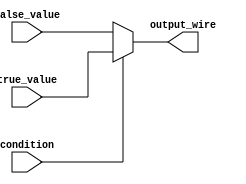
module ConditionalAssign (
    input wire condition,  // Condition Signal
    input wire true_value, // True Value
    input wire false_value, // False Value
    output wire output_wire // Output Wire
);

// Continuous assignment using ternary operator
assign output_wire = condition ? true_value : false_value;

endmodule